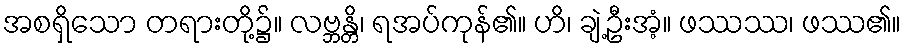
အစရှိသော တရားတို့၌။ လဗ္ဘန္တိ၊ ရအပ်ကုန်၏။ ဟိ၊ ချဲ့ဦးအံ့။ ဖဿဿ၊ ဖဿ၏။